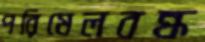
পরিমেলবন্ধ